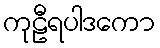
ကုဠီရပါဒကော